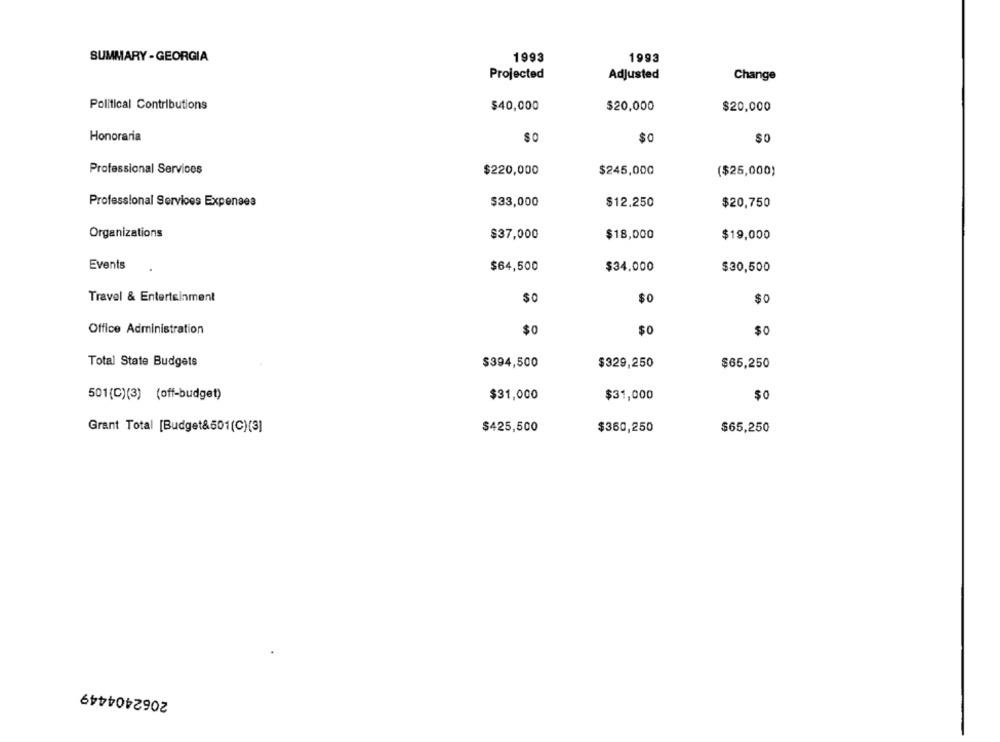
SUMMARY - GEORGIA
1993
1993
Projected
Adjusted
Change
Political Contributions
$40,000
$20,000
$20,000
Honoraria
SO
$0
$O
Professional Services
$220,000
$245,000
($25,000)
Professional Services Expenses
$33,000
$12.250
$20,750
Organizations
$37,000
$18,000
$19,000
Events
$64,500
$34,000
$30,500
Travel & Entertainment
$o
$O
Office Administration
$0
$0
$0
Total State Budgets
$329,250
$394,500
$65,250
501(C)(3) (off-budget)
$31,000
$31,000
$0
Grant Total [Budget&501(C)(3]
$425,500
$360,250
$65,250
2062404449